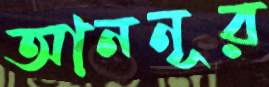
আননূর